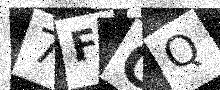
Text: 7FCQ